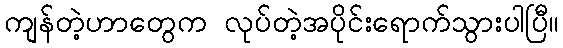
ကျန်တဲ့ဟာတွေက လုပ်တဲ့အပိုင်းရောက်သွားပါပြီ။